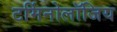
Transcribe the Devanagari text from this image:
टर्मिनोलॉजिय